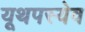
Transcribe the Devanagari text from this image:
यूथपस्येव